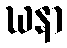
ဃနာ